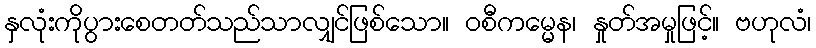
နှလုံးကိုပွားစေတတ်သည်သာလျှင်ဖြစ်သော။ ဝစီကမ္မေန၊ နှုတ်အမှုဖြင့်။ ဗဟုလံ၊